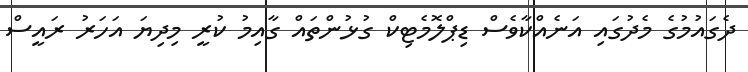
ދެގައުމުގެ މެދުގައި އަނެއްކާވެސް ޑިޕްލޮމެޓިކް ގުޅުންތައް ގާއިމު ކުރީ މިދިޔަ އަހަރު ރައީސް